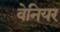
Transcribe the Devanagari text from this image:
वेनियर